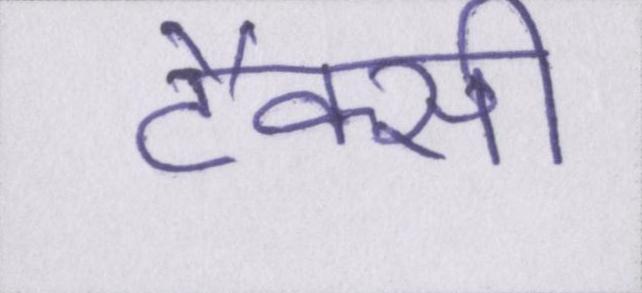
टैक्सी